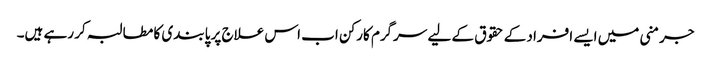
جرمنی میں ایسے افراد کے حقوق کے لیے سرگرم کارکن اب اس علاج پر پابندی کا مطالبہ کر رہے ہیں۔